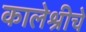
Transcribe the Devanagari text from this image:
कालेश्रीचे